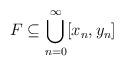
LaTeX: \begin{align*} F \subseteq \bigcup_{n=0}^\infty [x_n,y_n]\end{align*}